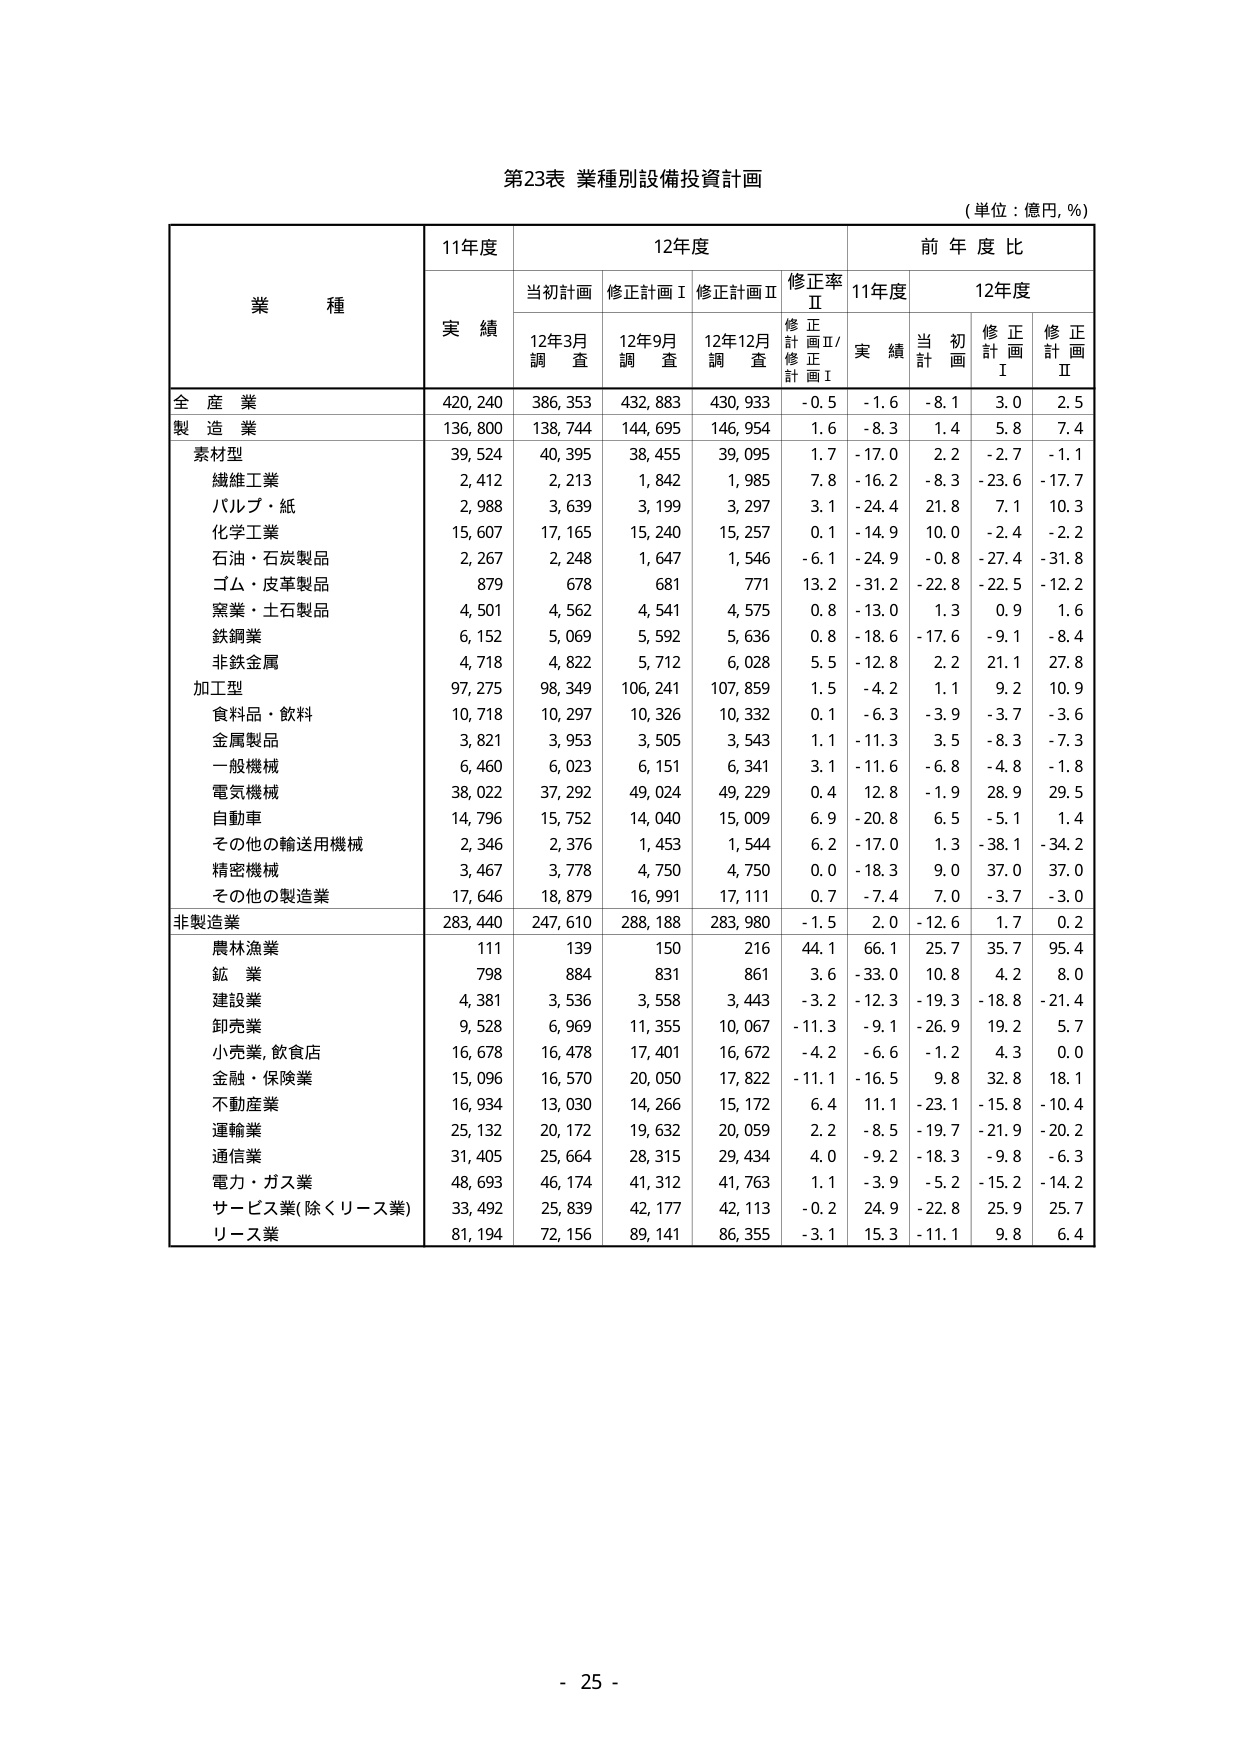
第23表 業種別設備投資計画
(単位：億円, %)

業 種
11年度
12年度
前 年 度 比

実 績
当初計画
修正計画Ⅰ
修正計画Ⅱ
修正率Ⅱ
11年度
12年度

12年3月調査
12年9月調査
12年12月調査
修正計画Ⅱ/修正計画Ⅰ
実績
当初計画
修正計画Ⅰ
修正計画Ⅱ

全 産 業
420,240
386,353
432,883
430,933
-0.5
-1.6
-8.1
3.0
2.5

製 造 業
136,800
138,744
144,695
146,954
1.6
-8.3
1.4
5.8
7.4

素材型
39,524
40,395
38,455
39,095
1.7
-17.0
2.2
-2.7
-1.1

繊維工業
2,412
2,213
1,842
1,985
7.8
-16.2
-8.3
-23.6
-17.7

パルプ・紙
2,988
3,639
3,199
3,297
3.1
-24.4
21.8
7.1
10.3

化学工業
15,607
17,165
15,240
15,257
0.1
-14.9
10.0
-2.4
-2.2

石油・石炭製品
2,267
2,248
1,647
1,546
-6.1
-24.9
-0.8
-27.4
-31.8

ゴム・皮革製品
879
678
681
771
13.2
-31.2
-22.8
-22.5
-12.2

窯業・土石製品
4,501
4,562
4,541
4,575
0.8
-13.0
1.3
0.9
1.6

鉄鋼業
6,152
5,069
5,592
5,636
0.8
-18.6
-17.6
-9.1
-8.4

非鉄金属
4,718
4,822
5,712
6,028
5.5
-12.8
2.2
21.1
27.8

加工型
97,275
98,349
106,241
107,859
1.5
-4.2
1.1
9.2
10.9

食料品・飲料
10,718
10,297
10,326
10,332
0.1
-6.3
-3.9
-3.7
-3.6

金属製品
3,821
3,953
3,505
3,543
1.1
-11.3
3.5
-8.3
-7.3

一般機械
6,460
6,023
6,151
6,341
3.1
-11.6
-6.8
-4.8
-1.8

電気機械
38,022
37,292
49,024
49,229
0.4
-12.8
-1.9
28.9
29.5

自動車
14,796
15,752
14,040
15,009
6.9
-20.8
6.5
-5.1
1.4

その他の輸送用機械
2,346
2,376
1,453
1,544
6.2
-17.0
1.3
-38.1
-34.2

精密機械
3,467
3,778
4,750
4,750
0.0
-18.3
9.0
37.0
37.0

その他の製造業
17,646
18,879
16,991
17,111
0.7
-7.4
7.0
-3.7
-3.0

非製造業
283,440
247,610
288,188
283,980
-1.5
2.0
-12.6
1.7
0.2

農林漁業
111
139
150
216
44.1
66.1
25.7
35.7
95.4

鉱 業
798
884
831
861
3.6
-33.0
10.8
4.2
8.0

建設業
4,381
3,536
3,558
3,443
-3.2
-12.3
-19.3
-18.8
-21.4

卸売業
9,528
6,969
11,355
10,067
-11.3
-9.1
-26.9
19.2
5.7

小売業, 飲食店
16,678
16,478
17,401
16,672
-4.2
-6.6
-1.2
4.3
0.0

金融・保険業
15,096
16,570
20,050
17,822
-11.1
-16.5
9.8
32.8
18.1

不動産業
16,934
13,030
14,266
15,172
6.4
11.1
-23.1
-15.8
-10.4

運輸業
25,132
20,172
19,632
20,059
2.2
-8.5
-19.7
-21.9
-20.2

通信業
31,405
25,664
28,315
29,434
4.0
-9.2
-18.3
-9.8
-6.3

電力・ガス業
48,693
46,174
41,312
41,763
1.1
-3.9
-5.2
-15.2
-14.2

サービス業(除くリース業)
33,492
25,839
42,177
42,113
-0.2
24.9
-22.8
25.9
25.7

リース業
81,194
72,156
89,141
86,355
-3.1
15.3
-11.1
9.8
6.4

- 25 -